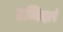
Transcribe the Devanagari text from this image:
उन्निदारं